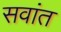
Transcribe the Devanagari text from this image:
सवांत